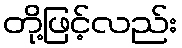
တို့ဖြင့်လည်း